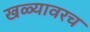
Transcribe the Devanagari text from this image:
खळ्यावरच